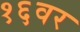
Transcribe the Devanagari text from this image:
१६वर